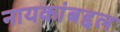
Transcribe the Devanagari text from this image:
नायकांबद्दल